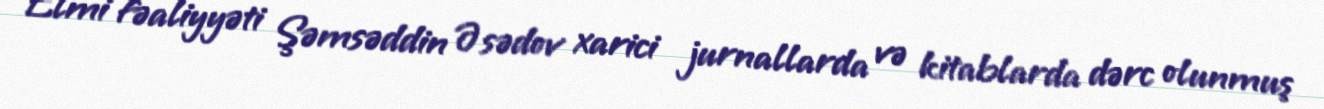
Elmi fəaliyyəti Şəmsəddin Əsədov xarici jurnallarda və kitablarda dərc olunmuş